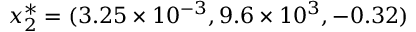
\boldsymbol { x } _ { 2 } ^ { * } = ( 3 . 2 5 \times 1 0 ^ { - 3 } , 9 . 6 \times 1 0 ^ { 3 } , - 0 . 3 2 )